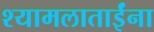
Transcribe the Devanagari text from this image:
श्यामलाताईंना